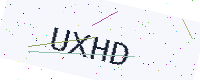
Text: UXHD